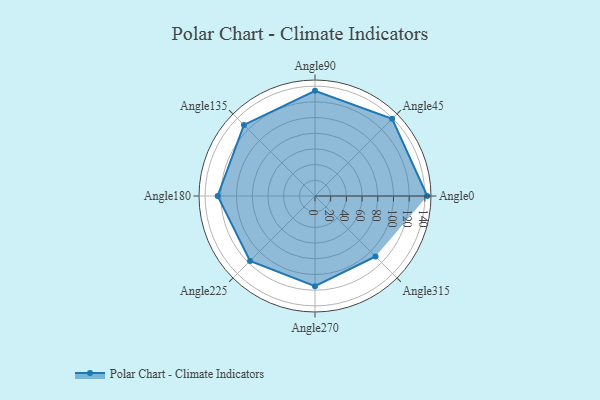
{"axis": {"x": "Angle", "y": "Radius"}, "legend": [""], "data": [{"x": "Angle0", "y": 143.0, "type": ""}, {"x": "Angle45", "y": 139.0, "type": ""}, {"x": "Angle90", "y": 134.0, "type": ""}, {"x": "Angle135", "y": 128.0, "type": ""}, {"x": "Angle180", "y": 124.0, "type": ""}, {"x": "Angle225", "y": 117.0, "type": ""}, {"x": "Angle270", "y": 115.0, "type": ""}, {"x": "Angle315", "y": 109.0, "type": ""}]}